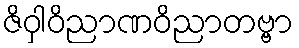
ဇိဝှါဝိညာဏဝိညာတဗ္ဗာ